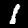
Label: 1